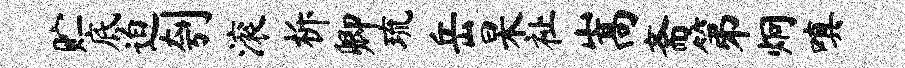
贮底迫刳滚柝卿琉岳杲祉嵩斋第炯嗔